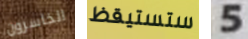
الخاسرون ستستيقظ 5